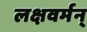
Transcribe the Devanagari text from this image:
लक्षवर्मन्‌